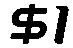
$1